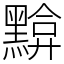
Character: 黭